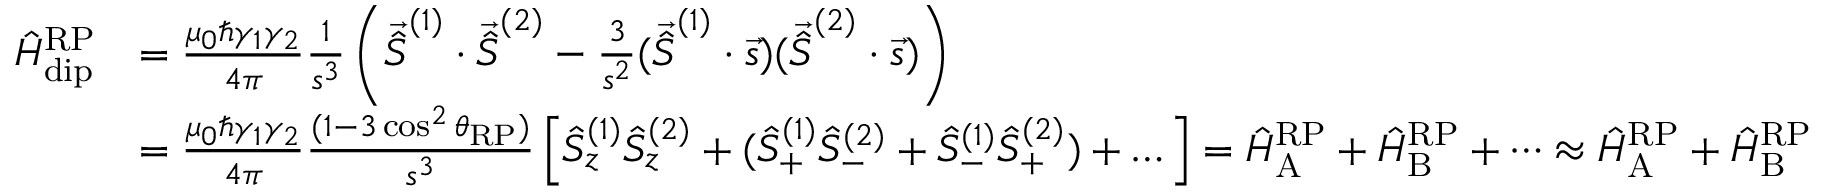
\begin{array} { r l } { \hat { H } _ { \mathrm { d i p } } ^ { \mathrm { R P } } } & { = \frac { \mu _ { 0 } \hbar \gamma _ { 1 } \gamma _ { 2 } } { 4 \pi } \frac { 1 } { s ^ { 3 } } \left( \vec { \hat { S } } ^ { ( 1 ) } \cdot \vec { \hat { S } } ^ { ( 2 ) } - \frac { 3 } { s ^ { 2 } } ( \vec { \hat { S } } ^ { ( 1 ) } \cdot \vec { s } ) ( \vec { \hat { S } } ^ { ( 2 ) } \cdot \vec { s } ) \right) } \\ & { = \frac { \mu _ { 0 } \hbar \gamma _ { 1 } \gamma _ { 2 } } { 4 \pi } \frac { ( 1 - 3 \cos ^ { 2 } { \theta _ { \mathrm { R P } } } ) } { s ^ { 3 } } \left[ \hat { S } _ { z } ^ { ( 1 ) } \hat { S } _ { z } ^ { ( 2 ) } + ( \hat { S } _ { + } ^ { ( 1 ) } \hat { S } _ { - } ^ { ( 2 ) } + \hat { S } _ { - } ^ { ( 1 ) } \hat { S } _ { + } ^ { ( 2 ) } ) + \dots \right] = \hat { H } _ { \mathrm { A } } ^ { \mathrm { R P } } + \hat { H } _ { \mathrm { B } } ^ { \mathrm { R P } } + \dots \approx \hat { H } _ { \mathrm { A } } ^ { \mathrm { R P } } + \hat { H } _ { \mathrm { B } } ^ { \mathrm { R P } } } \end{array}